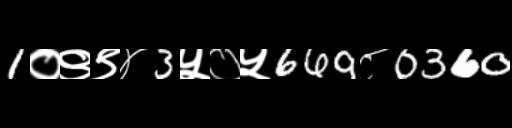
Text: 1०९९४3५०५669८0360